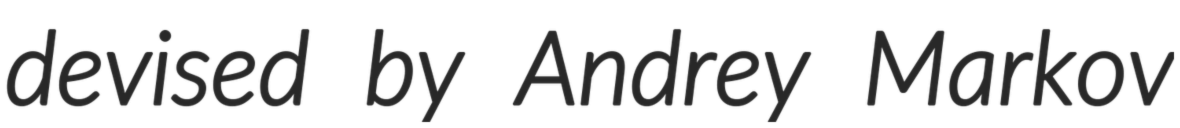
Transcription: devised by Andrey Markov